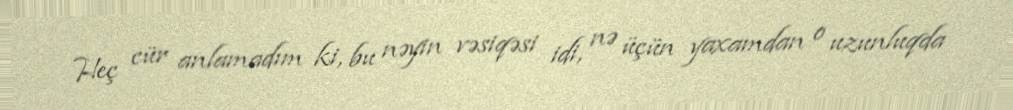
Heç cür anlamadım ki, bu nəyin vəsiqəsi idi, nə üçün yaxamdan o uzunluqda